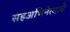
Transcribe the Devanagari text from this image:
सहअभिनेत्याचे